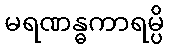
မရဏန္ဓကာရမ္ပိ